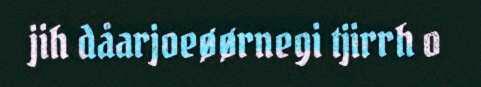
jih dåarjoeøørnegi tjirrh o